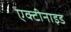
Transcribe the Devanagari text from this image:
एक्टीनाइड